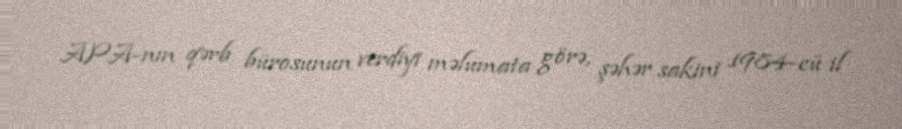
APA-nın qərb bürosunun verdiyi məlumata görə, şəhər sakini 1984-cü il